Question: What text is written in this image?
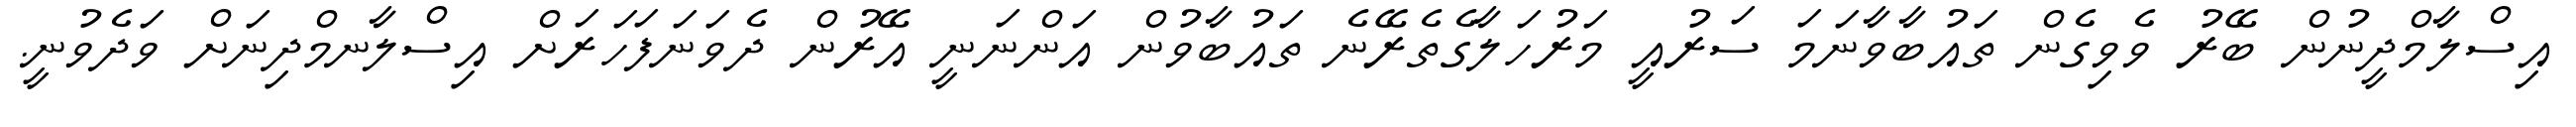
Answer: އިސްލާމްދީނުން ބޭރު ވެވިގެން ތައުބާވާނަމަ ސަރުއީ މަރުހަލާގެތެރޭނެ ތައުބާވުން އަންނަނީ އޭރުން ދެވަނަފަހަރަށް އިސްލާނމްދިނަށް ވަދެވުނީ.